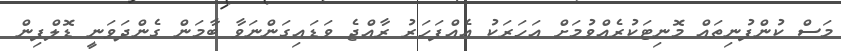
މަސް ކުންފުނިތައް މޮނިޓަކުރެއްވުމަށް އަހަރަކު އެއްފަހަރު ރާއްޖެ ވަޑައިގަންނަވާ ބާމަން ގެންދަވަނީ ޑޮލްފިން